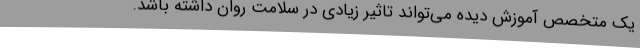
یک متخصص آموزش دیده می‌تواند تاثیر زیادی در سلامت روان داشته باشد.